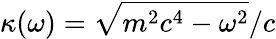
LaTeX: \kappa(\omega)=\sqrt{m^{2}c^{4}-\omega^{2}}/c